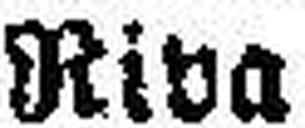
Riva